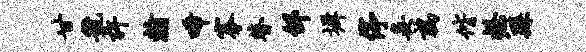
甘虢许翰唏搴瞽邰墀停妾鹑偕握繇